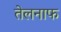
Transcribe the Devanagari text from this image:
तेलनाफ